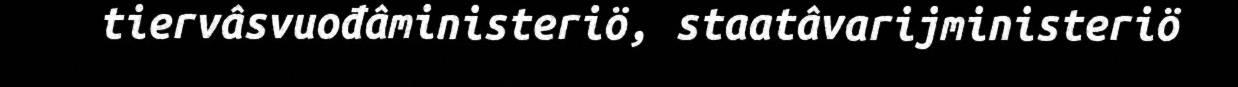
tiervâsvuođâministeriö, staatâvarijministeriö